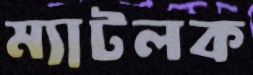
ম্যাটলক